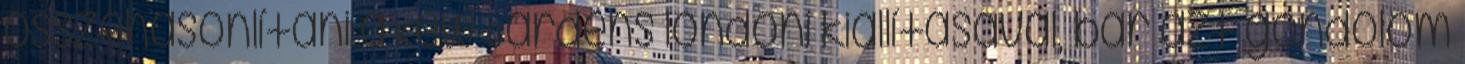
összehasonlítani a Kew Gardens londoni kiállításával, bár azt gondolom